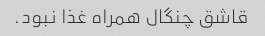
قاشق چنگال همراه غذا نبود.